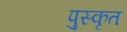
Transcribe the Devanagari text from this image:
पुस्कृत